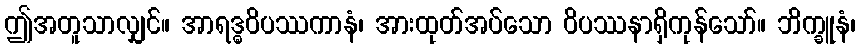
ဤအတူသာလျှင်။ အာရဒ္ဓဝိပဿကာနံ၊ အားထုတ်အပ်သော ဝိပဿနာရှိကုန်သော်။ ဘိက္ခူနံ၊